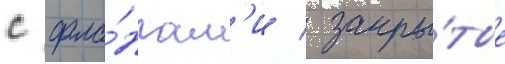
с фла́нгам'и / закры́тые